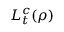
L _ { t } ^ { c } ( \rho )